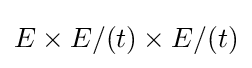
E\times E/(t)\times E/(t)